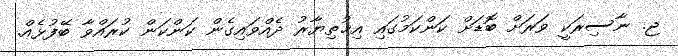
ޖ. ނާސިރަކީ ވަރަށް ބޮޑަށް ކަންކަމުގައި އިޚުތިޔާރު ދެއްވައިގެން ކަންކަން ކުރައްވާ ބޭފުޅެއް.